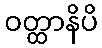
ဝတ္ထာနိပိ